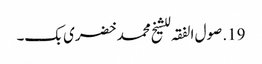
19. صول الفقہ للشیخ محمد خضری بک۔